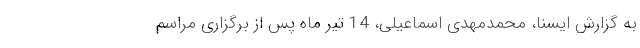
به گزارش ایسنا، محمدمهدی اسماعیلی، 14 تیر ماه پس از برگزاری مراسم